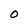
Character: 0